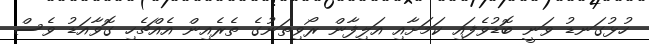
ހުޅުގަނޑު ވަނީ ބޮޑުވެފައި ކަމަށާއި އަލިފާން ރޯވިތަނުގެ ތެރެއިން އެއްޗެހި ގޮވާއަޑު ވެސް